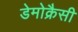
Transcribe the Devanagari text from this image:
डेमोक्रैसी